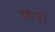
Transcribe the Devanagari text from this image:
फ़स